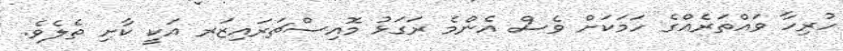
ހުރިހާ ވައްތަރެއްގެ ހަމަކަށް ވެސް އެންމެ ރަގަޅު މޮއިސްޗަރައިޒަރ އަކީ ކާށި ތެލެވެ.